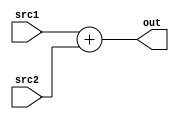
// ADD

module ADD ( src1,
			 src2,
			 out);

	parameter n = 18;

	input  [n-1:0] src1;
	input  [n-1:0] src2;

	output [n-1:0] out;

	assign out = src1 + src2;

endmodule